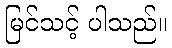
မြင်သင့် ပါသည်။